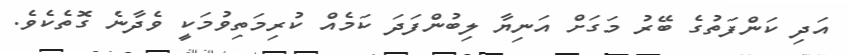
އަދި ކަންފަތުގެ ބޭރު މަގަށް އަނިޔާ ލިބުންފަދަ ކަމެއް ކުރިމަތިވުމަކީ ވެދާނެ ގޮތެކެވެ.